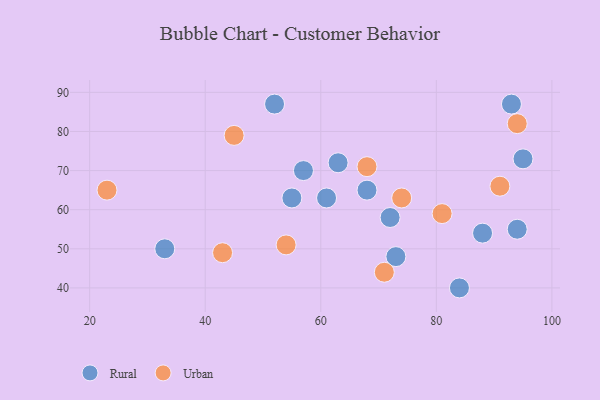
{"axis": {"x": "GDP", "y": "Life Expectancy"}, "legend": ["Rural", "Urban"], "data": [{"x": "88", "y": 54, "type": "Rural"}, {"x": "63", "y": 72, "type": "Rural"}, {"x": "73", "y": 48, "type": "Rural"}, {"x": "84", "y": 40, "type": "Rural"}, {"x": "57", "y": 70, "type": "Rural"}, {"x": "72", "y": 58, "type": "Rural"}, {"x": "61", "y": 63, "type": "Rural"}, {"x": "52", "y": 87, "type": "Rural"}, {"x": "33", "y": 50, "type": "Rural"}, {"x": "93", "y": 87, "type": "Rural"}, {"x": "55", "y": 63, "type": "Rural"}, {"x": "94", "y": 55, "type": "Rural"}, {"x": "95", "y": 73, "type": "Rural"}, {"x": "68", "y": 65, "type": "Rural"}, {"x": "71", "y": 44, "type": "Urban"}, {"x": "54", "y": 51, "type": "Urban"}, {"x": "45", "y": 79, "type": "Urban"}, {"x": "81", "y": 59, "type": "Urban"}, {"x": "23", "y": 65, "type": "Urban"}, {"x": "94", "y": 82, "type": "Urban"}, {"x": "91", "y": 66, "type": "Urban"}, {"x": "43", "y": 49, "type": "Urban"}, {"x": "68", "y": 71, "type": "Urban"}, {"x": "74", "y": 63, "type": "Urban"}]}